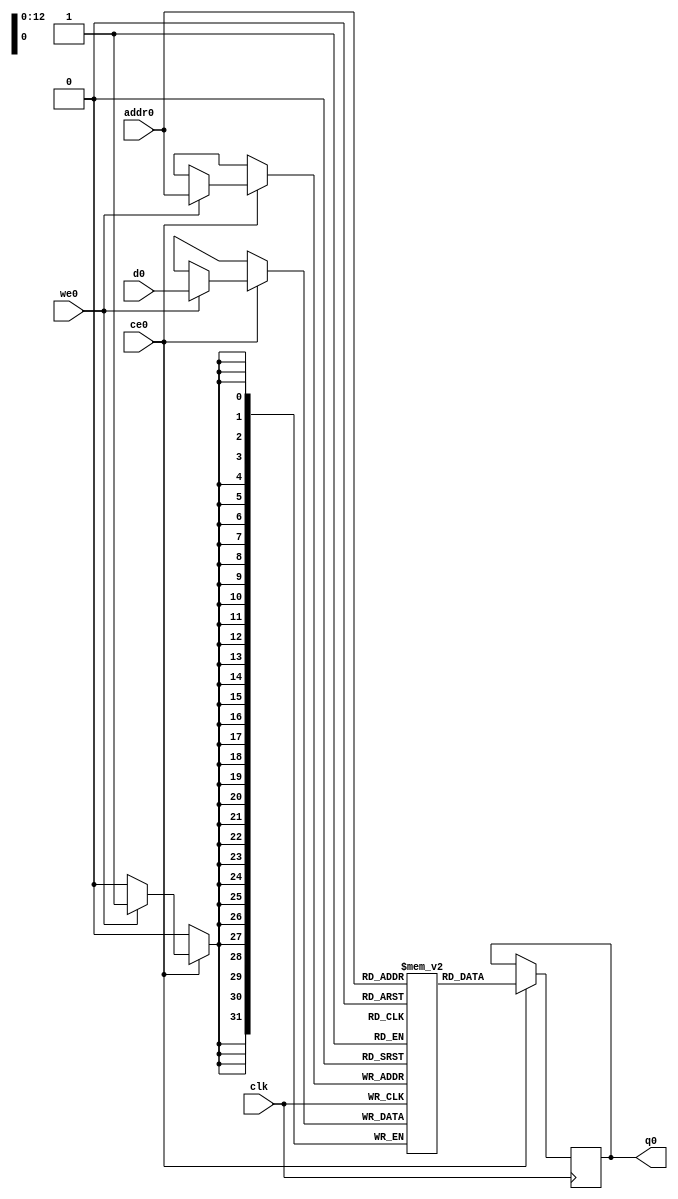
// ==============================================================
// Vivado(TM) HLS - High-Level Synthesis from C, C++ and SystemC v2020.1 (64-bit)
// Copyright 1986-2020 Xilinx, Inc. All Rights Reserved.
// ==============================================================
`timescale 1 ns / 1 ps
module cceip_kernel_m00_axi_input_buffer_ram (addr0, ce0, d0, we0, q0,  clk);

parameter DWIDTH = 32;
parameter AWIDTH = 13;
parameter MEM_SIZE = 8192;

input[AWIDTH-1:0] addr0;
input ce0;
input[DWIDTH-1:0] d0;
input we0;
output reg[DWIDTH-1:0] q0;
input clk;

(* ram_style = "block" *)reg [DWIDTH-1:0] ram[0:MEM_SIZE-1];




always @(posedge clk)  
begin 
    if (ce0) begin
        if (we0) 
            ram[addr0] <= d0; 
        q0 <= ram[addr0];
    end
end


endmodule

`timescale 1 ns / 1 ps
module cceip_kernel_m00_axi_input_buffer(
    reset,
    clk,
    address0,
    ce0,
    we0,
    d0,
    q0);

parameter DataWidth = 32'd32;
parameter AddressRange = 32'd8192;
parameter AddressWidth = 32'd13;
input reset;
input clk;
input[AddressWidth - 1:0] address0;
input ce0;
input we0;
input[DataWidth - 1:0] d0;
output[DataWidth - 1:0] q0;



cceip_kernel_m00_axi_input_buffer_ram cceip_kernel_m00_axi_input_buffer_ram_U(
    .clk( clk ),
    .addr0( address0 ),
    .ce0( ce0 ),
    .we0( we0 ),
    .d0( d0 ),
    .q0( q0 ));

endmodule